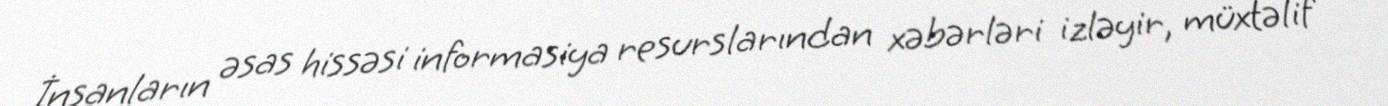
İnsanların əsas hissəsi informasiya resurslarından xəbərləri izləyir, müxtəlif